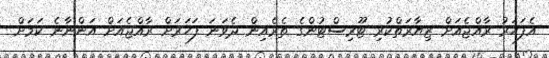
އެފަހަރު ރާއްޖެއަށް ޒިޔާރަތްކުރި ޓޫރިސްޓުންގެ ތެރެއިން ދެވަނަ ފަހަރަށް ރާއްޖެއަށް އަންނާނެ ކަމަށް